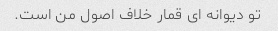
تو دیوانه ای قمار خلاف اصول من است.